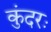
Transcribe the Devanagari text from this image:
कुंदरः